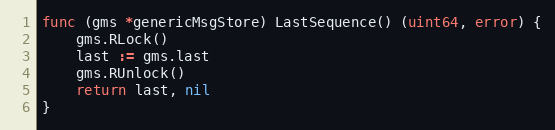
Language: Go
func (gms *genericMsgStore) LastSequence() (uint64, error) {
	gms.RLock()
	last := gms.last
	gms.RUnlock()
	return last, nil
}